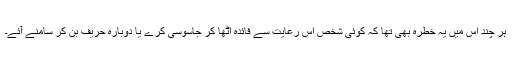
ہر چند اس میں یہ خطرہ بھی تھا کہ کوئی شخص اس رعایت سے فائدہ اٹھا کر جاسوسی کرے یا دوبارہ حریف بن کر سامنے آئے۔